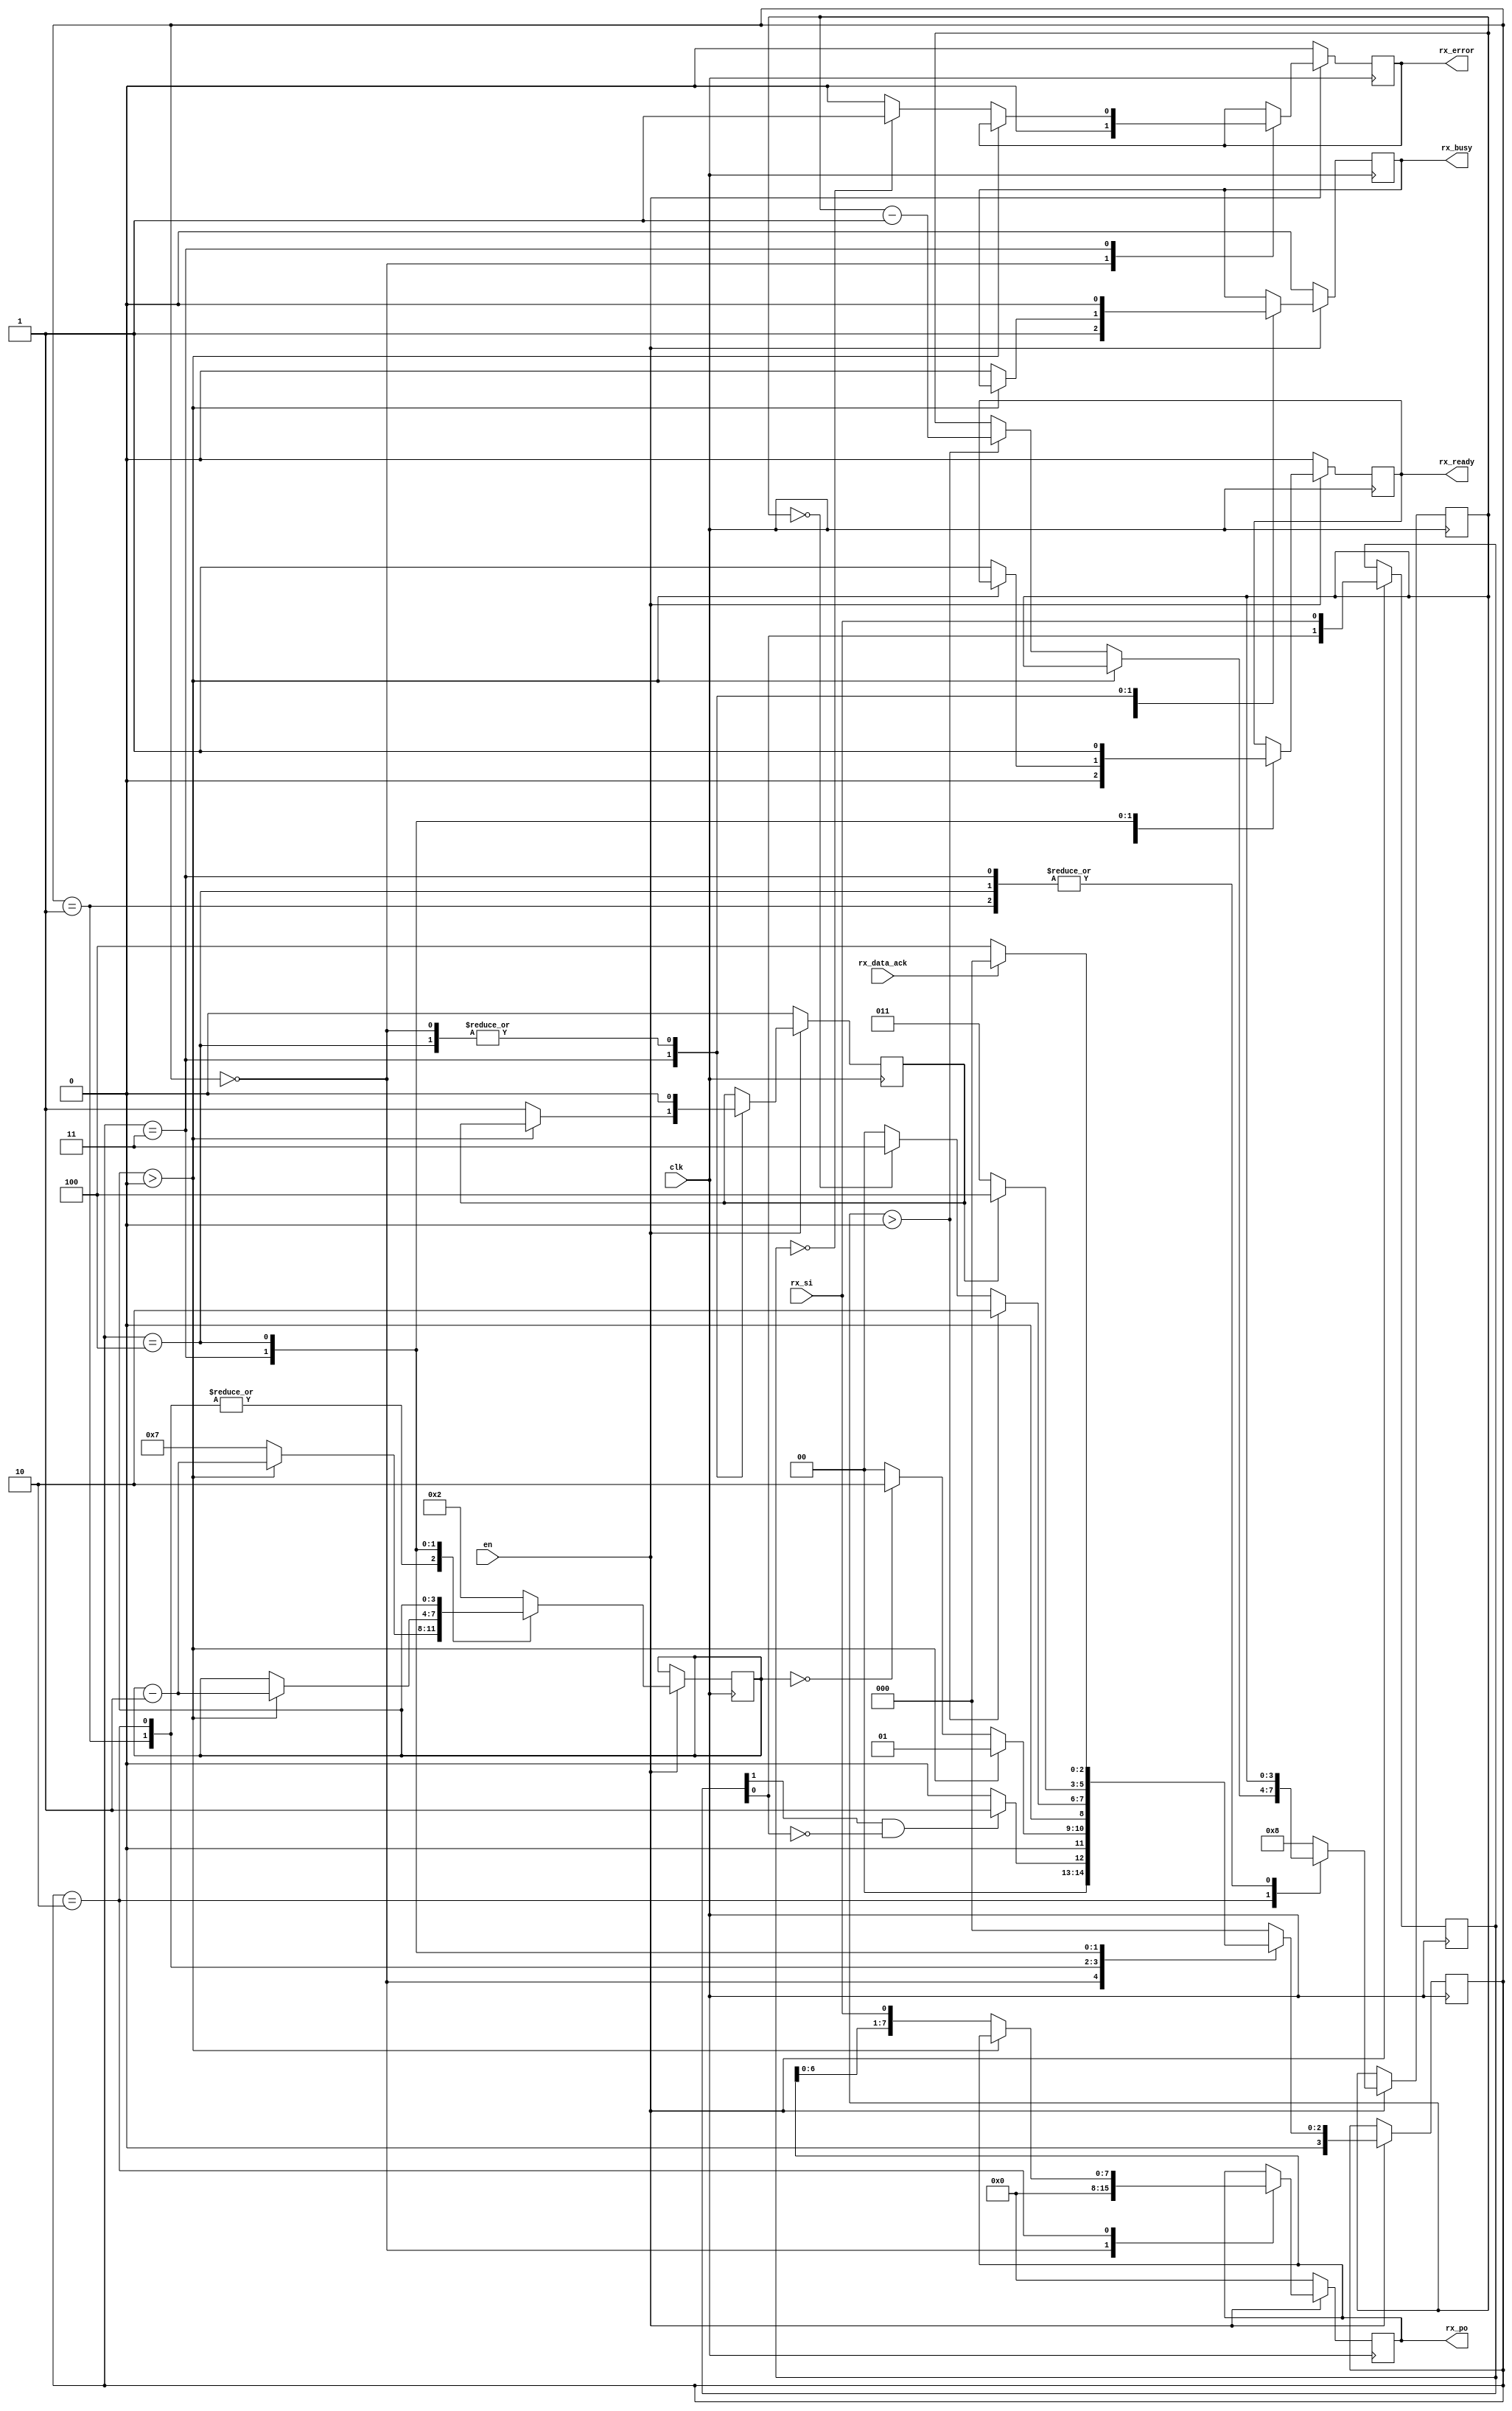
`timescale 1ns/1ns

module rx(
    clk,
    en,
    rx_si, //serial input
    rx_data_ack,
    rx_po, //parallel output
    rx_busy,
    rx_ready,
    rx_error
);
localparam WIDTH = 8;

input clk, en;
input rx_si; //serial input
input rx_data_ack;
output reg [WIDTH-1:0] rx_po; //parallel output
output reg rx_busy;
output reg rx_ready;
output reg rx_error;
reg [3:0] current_state, next_state;
reg [3:0] bit_received_count; //counts from 7 to 0, every sent received results in decrementation
reg [3:0] baud_sync; 

reg [3:0] BITS_TO_RECEIVE = 4'd8;
reg [3:0] SYNC_START_VAL = 4'h2;
reg [3:0] SYNC_SAMPLING_VAL = 4'h7;

localparam IDLE = 4'h0;
localparam SYNC = 4'h1;
localparam RECV = 4'h2;
localparam VALID_TEST = 4'h3;
localparam RESULT = 4'h4;

reg [1:0] lastRXD;
reg rx_finished;

initial begin 
    lastRXD = 2'h0;
    rx_po = {8{1'b0}};
    rx_busy = 1'b0;
    rx_ready = 1'b0;
    rx_error = 1'b0;
    rx_finished = 1'b0;
end

always@(*) begin
    if(en) begin
        case(current_state)
            IDLE: begin
                if(lastRXD[1] & !lastRXD[0]) begin
                    next_state = SYNC;
                end
                else begin
                    next_state = IDLE;
                end
            end

            SYNC: begin
                if(baud_sync > 4'h0)
                    next_state = SYNC;
                else if(baud_sync == 4'h0)
                    next_state = RECV;
                else
                    next_state = IDLE; 
            end

            RECV: begin
                if(bit_received_count > 4'h0)
                    next_state = RECV;
                else if(bit_received_count == 4'h0)
                    next_state = VALID_TEST;
                else
                    next_state = IDLE;
            end

            VALID_TEST: begin
                if(rx_finished) 
                    next_state = RESULT;
                else 
                    next_state = VALID_TEST;
            end

            RESULT: begin
                if(rx_data_ack) 
                    next_state = IDLE;
                else 
                    next_state = RESULT;
            end

            default: next_state = IDLE; 
        endcase                                                                                                         
    end
	else
		next_state = IDLE; 
end

always@(posedge clk) begin 
    if(en) begin
        current_state <= next_state;
        lastRXD <= {lastRXD[0],rx_si};

        case(current_state)
            IDLE: begin
                bit_received_count <= BITS_TO_RECEIVE; 
                baud_sync <= SYNC_START_VAL; 
				rx_ready <= 1'b0;
                rx_error <= 1'b0;
                rx_busy <= 1'b0;
                rx_finished <= 1'b0;
                rx_po <= {WIDTH{1'b0}};
            end

            SYNC: begin
                if(baud_sync > 4'h0) 
                    baud_sync <= baud_sync - 1'b1;
                else
                    baud_sync <= SYNC_SAMPLING_VAL;
						  
					rx_busy = 1'b1;
            end

            RECV: begin
                if(baud_sync > 4'h0) 
                    baud_sync <= baud_sync - 1'b1;
                else begin
                    baud_sync <= SYNC_SAMPLING_VAL; 
                    rx_po <= {rx_po[6:0], rx_si};
                    if(bit_received_count > 4'd0) 
                        bit_received_count <= bit_received_count - 1'b1;
                end
            end

            VALID_TEST: begin
                if(baud_sync > 4'h0) 
                    baud_sync <= baud_sync - 1'b1;
                else begin
                    if(lastRXD == 2'h0) begin
                        rx_finished <= 1'b1;
                        rx_busy <= 1'b0;
                        rx_error <= 1'b1;
                        rx_ready <= 1'b1;
                    end
                    else begin
                        rx_finished <= 1'b1;
                        rx_busy <= 1'b0;
                        rx_error <= 1'b0;
                        rx_ready <= 1'b1;
                    end
                end
            end 

            RESULT:begin
                rx_finished <= 1'b0;
                rx_busy <= 1'b0;
                rx_error <= rx_error;
                rx_ready <= 1'b1;
            end

            default: begin
                bit_received_count <= BITS_TO_RECEIVE;
                baud_sync <= SYNC_START_VAL;
            end
        endcase
    end
    else begin
            rx_ready <= 1'b0;
            rx_error <= 1'b0;
            rx_busy <= 1'b0;
            rx_finished <= 1'b0;
            rx_po <= {WIDTH{1'b0}};
    end
end

endmodule